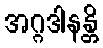
အဂ္ဂဒါနန္တိ